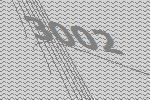
3002